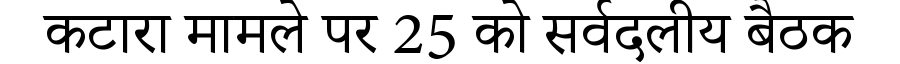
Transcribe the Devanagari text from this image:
कटारा मामले पर 25 को सर्वदलीय बैठक